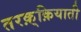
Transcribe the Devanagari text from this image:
तरक़्क़ियाती